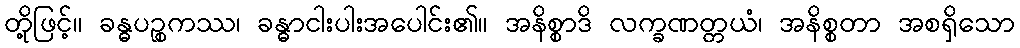
တို့ဖြင့်။ ခန္ဓပဉ္စကဿ၊ ခန္ဓာငါးပါးအပေါင်း၏။ အနိစ္စာဒိ လက္ခဏတ္တယံ၊ အနိစ္စတာ အစရှိသော